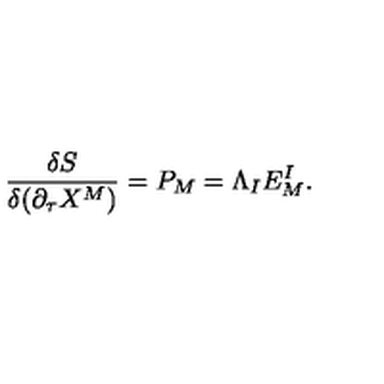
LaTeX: { \frac { \delta S } { \delta ( \partial _ { \tau } X ^ { M } ) } } = P _ { M } = \Lambda _ { I } E _ { M } ^ { I } .